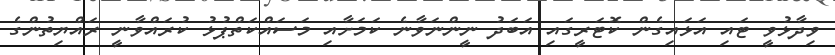
ވިދާޅުވީ ޓައި އަޅައިގެން ކޮޓަރީގައި އަބަދު ނީންނަވާނެ ކަމަށާއި މަސައްކަތްޕުޅު ކުރައްވާނީ ރައްޔިތުންގެ